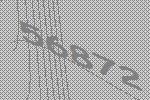
56872